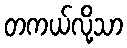
တကယ်လို့သာ